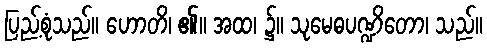
ပြည့်စုံသည်။ ဟောတိ၊ ၏။ အထ၊ ၌။ သုမေဓပဏ္ဍိတော၊ သည်။